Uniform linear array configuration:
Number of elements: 24
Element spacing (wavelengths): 0.25
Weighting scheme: cosine
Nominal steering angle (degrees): -60
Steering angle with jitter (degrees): -58.579
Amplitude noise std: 0.05
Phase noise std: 0.05

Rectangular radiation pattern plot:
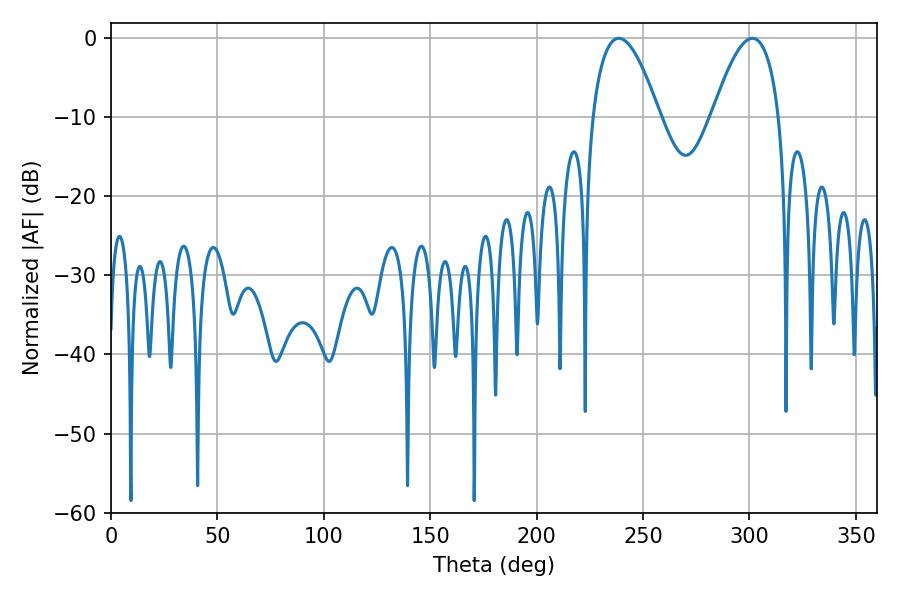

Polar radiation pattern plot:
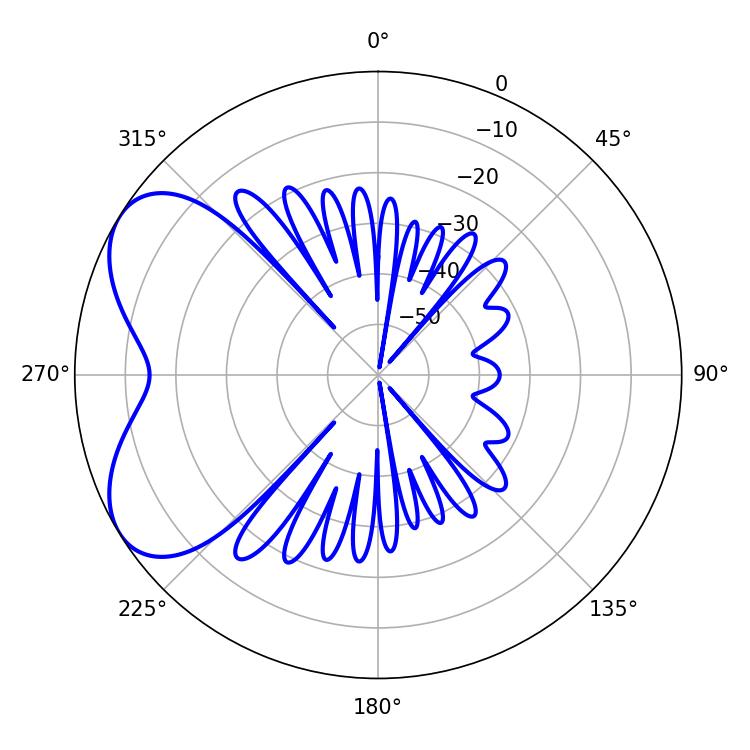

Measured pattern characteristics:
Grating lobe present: FALSE
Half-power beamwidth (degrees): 17.28
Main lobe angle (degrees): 238.68